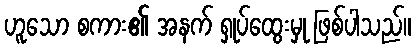
ဟူသော စကား၏ အနက် ရှုပ်ထွေးမှု ဖြစ်ပါသည်။